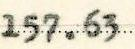
16.22